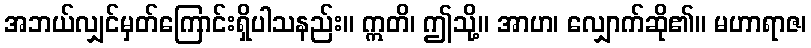
အဘယ်လျှင်မှတ်ကြောင်းရှိပါသနည်း။ ဣတိ၊ ဤသို့။ အာဟ၊ လျှောက်ဆို၏။ မဟာရာဇ၊